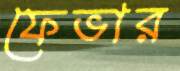
ফেভার